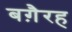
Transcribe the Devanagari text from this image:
बग़ैरह